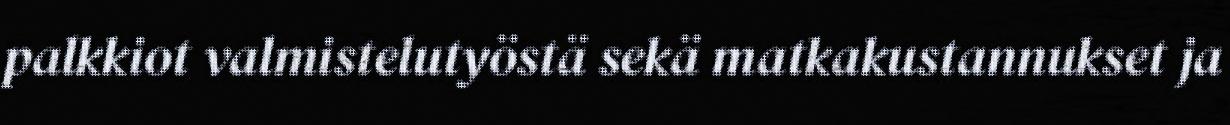
palkkiot valmistelutyöstä sekä matkakustannukset ja